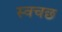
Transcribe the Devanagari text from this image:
स्वचछ